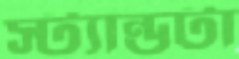
স্ট্যান্ডটা